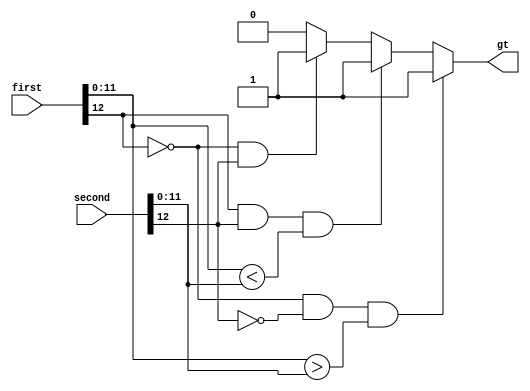
// This program was cloned from: https://github.com/AngeloJacobo/FPGA_Book_Experiments
// License: MIT License

`timescale 1ns / 1ps

module fp_greaterthan(
	input wire[12:0] first,second,
	output reg gt
    );
	 always @* begin
	 gt=1'b0;
	 if(!first[12] && !second[12] && first[11:0]>second[11:0] ) gt=1'b1;  //if first and second are both positive
	 else if(first[12] && second[12] && first[11:0]<second[11:0]) gt=1'b1; //if first and second are both negative
	 else if(!first[12] && second[12]) gt=1'b1; //if first is positive and second is negative
	 end 


endmodule